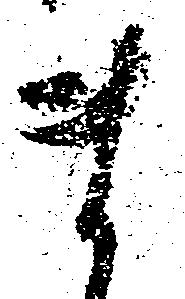
ま